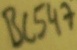
Text: BC547